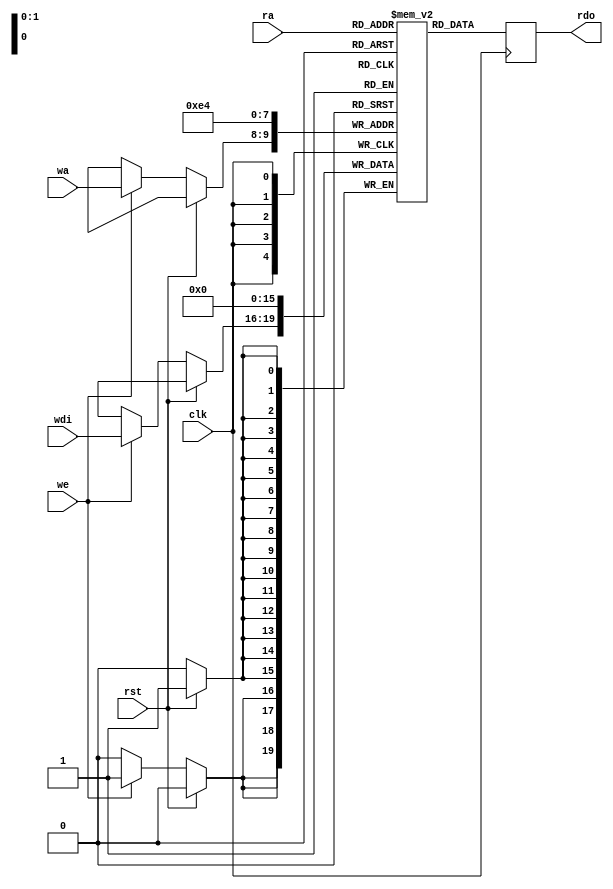
module alram1x
    (
     clk,//clock
     rst,
     
     rdo,//data from ram
     ra,//read address
     
     wdi,//data to ram
     wa,//write address
     we //write enable
     );
// =============================================================================
// == Parameter declarations
// =============================================================================
	parameter WID = 4;				// 10-bit long data
	parameter AWID = 2;				// 2-bit long address (4 addresses)
	parameter DEP = 1<<AWID;		// DEP = 2**AWID

// ==========================================================================
// == Port Declarations
// ==========================================================================
	input clk;
	input rst;
	
	output reg [WID-1:0] rdo;
	input [AWID-1:0] ra;
	
	input [WID-1:0]  wdi;
	input [AWID-1:0] wa;
	input            we;

// ==========================================================================
// == Signal Declarations
// ==========================================================================
	// force M10K ram style
	reg [WID-1:0]   mem [DEP-1:0] /* synthesis ramstyle = "no_rw_check, M10K" */;   // memory size	
	
	integer i;
// ==========================================================================
// == Architecture
// ==========================================================================
	always @(posedge clk)
	begin
		if (rst) begin 
			for (i = 0; i < DEP; i = i + 1) begin 
				mem[i] <= {WID{1'b0}};
			end 
		end 
		else if (we) begin
			mem[wa] <= wdi;
		end
		
		rdo <= mem[ra];		// delays 1 clock cycle
	end

endmodule